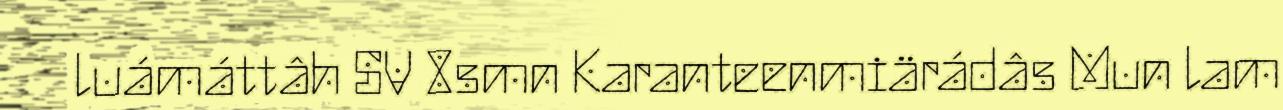
luámáttâh SV 8smn Karanteenmiärádâs Mun lam